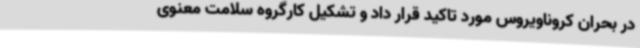
در بحران کروناویروس مورد تاکید قرار داد و تشکیل کارگروه سلامت معنوی